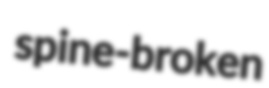
spine-broken